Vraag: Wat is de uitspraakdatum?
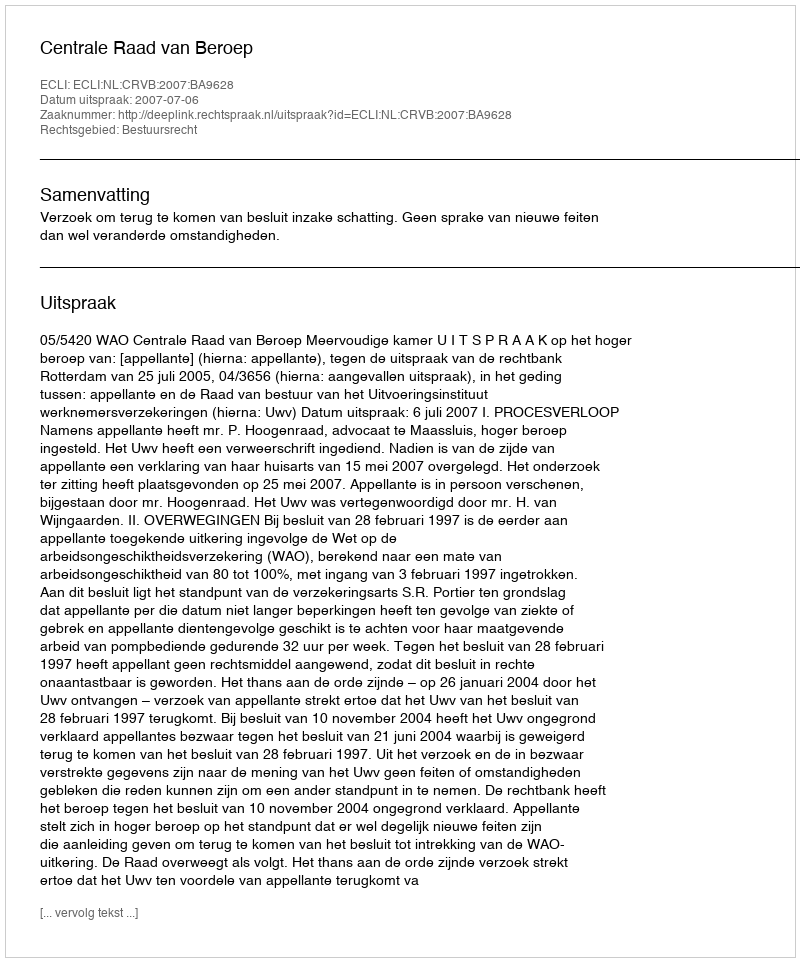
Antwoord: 2007-07-06